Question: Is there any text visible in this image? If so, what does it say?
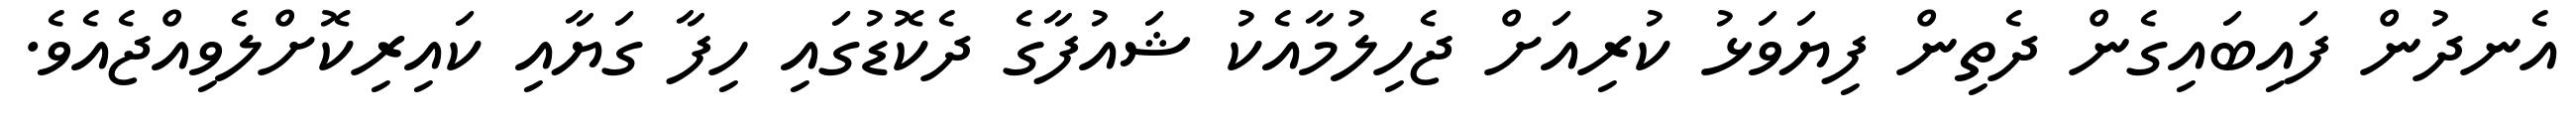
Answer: އެނދުން ފައިބައިގެން ދެތިން ފިޔަވަޅު ކުރިއަށް ޖެހިލުމާއެކު ޝައުފާގެ ދެކޮޑުގައި ހިފާ ގަޔާއި ކައިރިކޮށްލެވިއްޖެއެވެ.